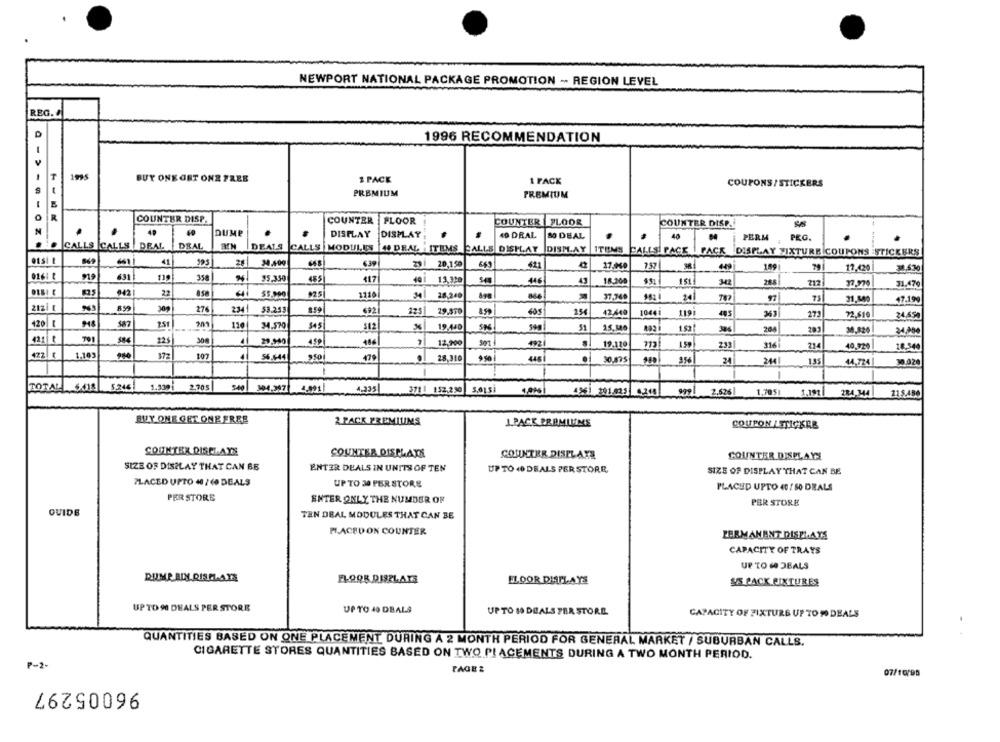
NEWPORT NATIONAL PACKAGE PROMOTION -. REGION LEVEL
REG.
D
1996 RECOMMENDATION
T
1995
BUY ONE ORT ONZ FREE
1 PACK
1 FACK
COUPONS/ STICKERS
PREMIUM
PREMIUM
COUNTER DISP.
COUNTER FLOOR
COUNTER
FLOOR
COUNTER DISP.
.
DUMP
DISPLAY
DISPLAY
40 DRAL
80 DEAL
.
40
PERM
. CALLS CALLS DEAL
DRAL
DEALS
CALLS MODULES 40 DRAL ITEMS CALLS DISPLAY DISMAY ITEMS
CALLSI PACE !
PACK DISPLAY FIXTURE COUPONS STICKERS
41
34.400
231 20,150
421
42
17.040
757
189
17.420
32,530
631
119
358
95.350
485
117
191 13,320
446
43
18.200
151
342
288
212
37.970
31.470
042
22
55.000
1110
34
28.240
37.740
24
75
31.840
17.199
212/ 1
963
859
276
2:34
53.253
692
225
29.570
25
42,440
10441
1191
363
27
72.610
24,650
120| t
251
201
110
34.570
345
19.440
5
15.14
1.52
204
283
30.820
24.200
701
300
4
29.940
4.59
12,900
19.120
113
233
316
234
40.929
18,349]
422 ¢
1,103
172
107
56.644
479
.
28.310
950
446
24
244
44,724
30.020
-
TOTAL 6418
5.244
1.330
2.705
340 304.3971 4.991|
4.335
3711 152.290 5.013)
4561 301.035 4245
999
2.626
1,7051
1.191
284.344
115.480
BUY ONE GET ONE ERES
2 PACK PREMIUMS
1 PACK PREMIUME
COUPON LSTICKRE
COUNTER DISPLAYS
COUNTER DISPLAYS
COUNTER DISPLAYS
COUNTER DISPLAYS
SIZE OF DISPLAY THAT CAN BE
ENTER DEALS IN UNITS OF TEN
UP TO 40 DEALS PER STORE
SIZE OF DISPLAY THAT CAN BE
PLACED UPTO 40 / 40 DEALS
UP TO 30 PER STORE
PLACED UPTO 40 7 50 DEALS
PER STORE
ENTER ONLY THE NUMBER OF
PER STORE
GUIDE
TEN DEAL MODULES THAT CAN BE
PLACED ON COUNTER
PERMANENT DISPLAYS
CAPACITY OF TRAYS
UP TO HO JEALS
DUMP BIN.DISPLAYS
FLOOR DISPLAYS
FLOOR DISPLAYS
SS PACK FIXTURES
UPTO 90 DEALS PER STORE
UP TO 40 DBALS
UPTO 10 DEALS PAR STORE.
CAPACITY OF FIXTURE UP TO PO DEALS
QUANTITIES BASED ON ONE PLACEMENT DURING A 2 MONTH PERIOD FOR GENERAL MARKET / SUBURBAN CALLS.
CIGARETTE STORES QUANTITIES BASED ON TWO PLACEMENTS DURING A TWO MONTH PERIOD.
P-2
PAGE 2
07/10/95
96005297